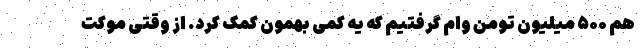
هم ۵۰۰ میلیون تومن وام گرفتیم که یه کمی بهمون کمک کرد. از وقتی موکت